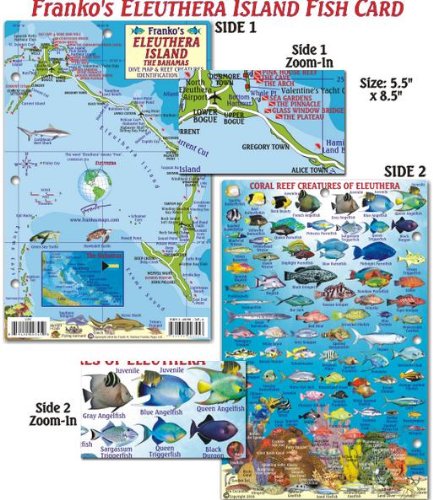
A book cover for Eleuthera Island Bahamas Dive Map & Reef Creatures Guide Franko Maps Laminated Fish Card; Franko Maps Ltd.; Travel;